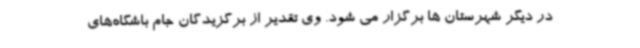
در دیگر شهرستان ها برگزار می شود. وی تقدیر از برگزیدگان جام باشگاه‌های